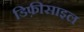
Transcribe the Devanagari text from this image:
डिफ़ीसाइल